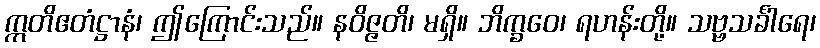
ဣတိဧတံဋ္ဌာနံ၊ ဤကြောင်းသည်။ နဝိဇ္ဇတိ၊ မရှိ။ ဘိက္ခဝေ၊ ရဟန်းတို့။ သဗ္ဗသင်္ခါရေ၊